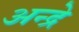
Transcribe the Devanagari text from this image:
अन्द्रे